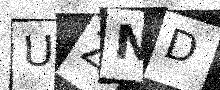
Text: UZND